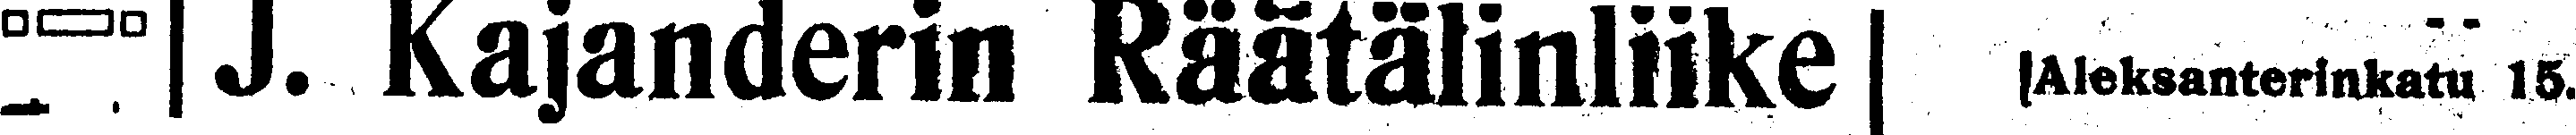
### J. Kajanderin Räätälinliike Aleksanterinkatu 15.